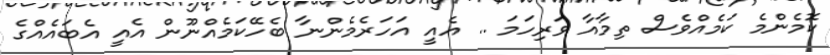
ކޮމެންމެ ކަމެއްވެސް ތިމާއާ ވަރިހަމަ .. އެެއީ އަހަރެމެންނާ ބެހޭކަމެއްނޫން އެއީ އެބައެއްގެ